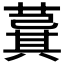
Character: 𦸆